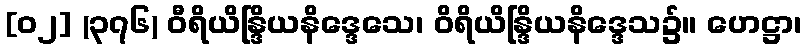
[၀၂] (၃၇၆) ဝီရိယိန္ဒြိယနိဒ္ဒေသေ၊ ဝိရိယိန္ဒြိယနိဒ္ဒေသ၌။ ဟေဋ္ဌာ၊